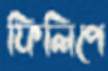
ফিলিপে